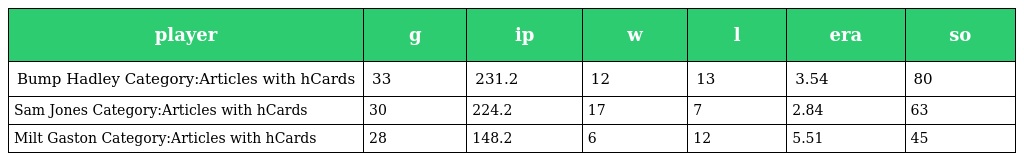
| player | g | ip | w | l | era | so |
 | --- | --- | --- | --- | --- | --- | --- |
 | Bump Hadley Category:Articles with hCards | 33 | 231.2 | 12 | 13 | 3.54 | 80 |
 | Sam Jones Category:Articles with hCards | 30 | 224.2 | 17 | 7 | 2.84 | 63 |
 | Milt Gaston Category:Articles with hCards | 28 | 148.2 | 6 | 12 | 5.51 | 45 |